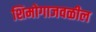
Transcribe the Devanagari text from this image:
शिमोगाजवळील